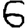
Digit: 6